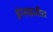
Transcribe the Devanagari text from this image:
इंग्लडातील